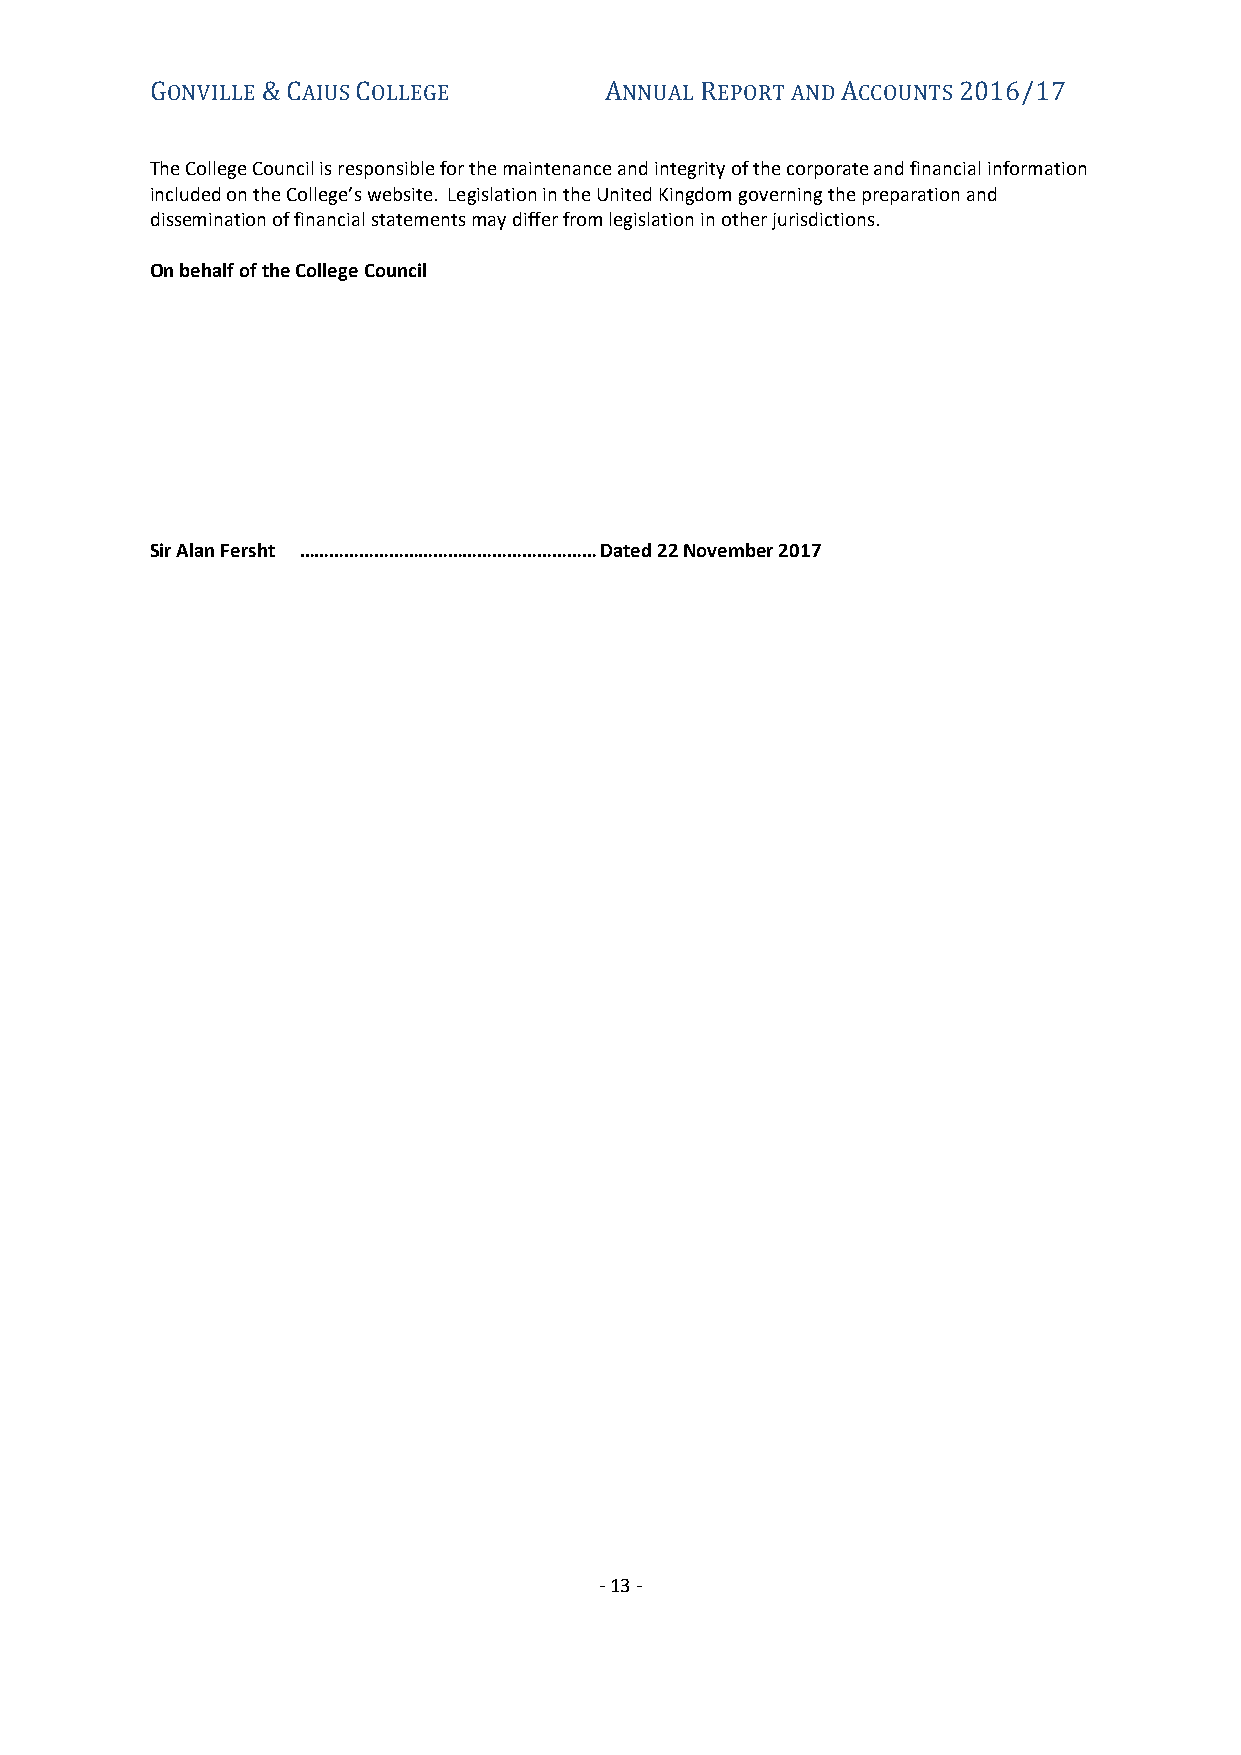
ONVILLE  AIUS OLLEGE          NNUAL EPORT AND CCOUNTS
 G      &C     C               A     R         A      2016/17
 The College Council is responsible for the maintenance and integrity of the corporate and financial information
 included on the College’s website. Legislation in the United Kingdom governing the preparation and
 dissemination of financial statements may differ from legislation in other jurisdictions.
 On behalf of the College Council
 Sir Alan Fersht …………………………………………………… Dated 22 November 2017
 - 13 -